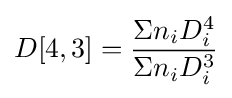
D[4,3]={\frac {\Sigma n_{i}D_{i}^{4}}{\Sigma n_{i}D_{i}^{3}}}